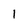
Character: 1